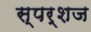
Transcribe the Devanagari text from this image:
स्पर्शज